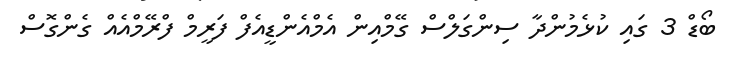
ބޯޑް 3 ގައި ކުޅެމުންދާ ސިންގަލްސް ގޭމްއިން އެމްއެންޑީއެފް ފަރީމް ފްރޭމްއެއް ގެންގޮސް